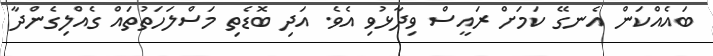
ބައެއްކަން އެނގޭ ކަމަށް ރައީސް ވިދާޅުވި އެވެ. އަދި ބޮޑެތި މަސްލަހަތުތައް ގެއްލިގެންދާ